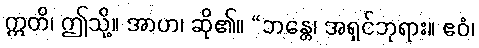
ဣတိ၊ ဤသို့။ အာဟ၊ ဆို၏။ “ဘန္တေ၊ အရှင်ဘုရား။ ဧဝံ၊